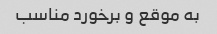
به موقع و برخورد مناسب